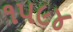
૧૫૯૪